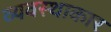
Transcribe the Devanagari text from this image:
व्यवस्थाकार